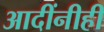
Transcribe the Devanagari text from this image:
आदींनीही